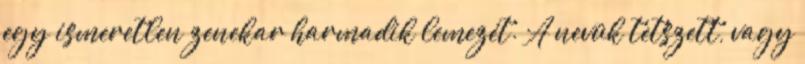
egy ismeretlen zenekar harmadik lemezét. A nevük tetszett, vagy